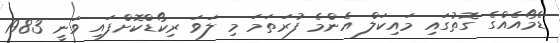
ޑެމޯއެއްގެ ގޮތުގައި މައިކަލް އެންމެ ފުރަތަމަ މި ލަވަ ރިކޯޑްކޮށްފައި ވަނީ 1983